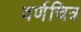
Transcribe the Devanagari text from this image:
वर्णचित्र